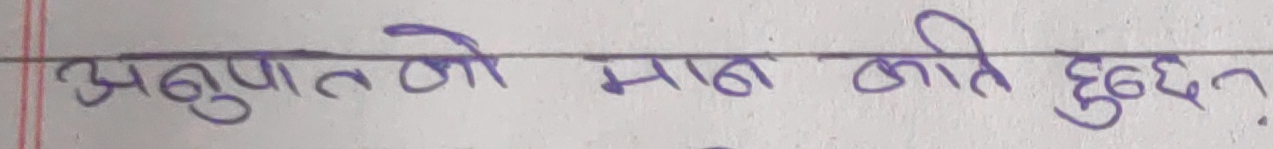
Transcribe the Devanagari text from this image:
अनुपात को मान कति हुन्छ?